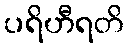
ပရိဟီရတိ